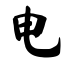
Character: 电